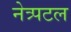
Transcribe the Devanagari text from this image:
नेत्र्पटल